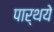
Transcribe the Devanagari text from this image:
पार्थये